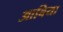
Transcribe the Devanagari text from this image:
आबिया